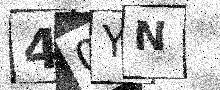
Text: 40YN